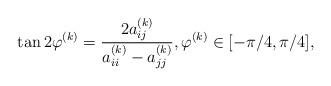
LaTeX: \begin{align*}\tan2\varphi^{(k)} = \frac{2a_{ij}^{(k)}}{a_{ii}^{(k)}-a_{jj}^{(k)}}, \varphi^{(k)}\in[-\pi/4,\pi/4],\end{align*}